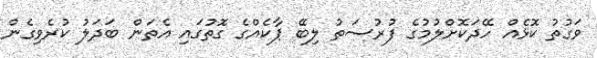
ވަގުތު ކޮޅެއް ހޭދަކޮށްލުމުގެ ފުރުސަތު ލިބޭ ޕާކެއްގެ ގޮތުގައި އެތަން ބަދަލު ކުރެވިގެން